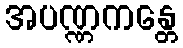
အပဏ္ဏကန္တေ